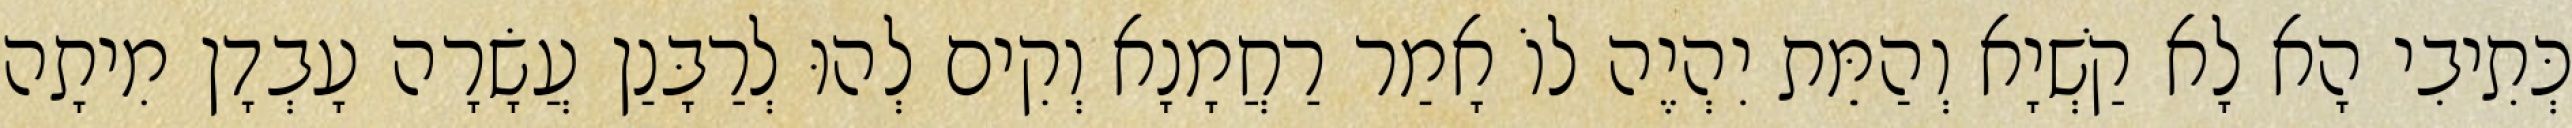
כְּתִיבִי הָא לָא קַשְׁיָא וְהַמֵּת יִהְיֶה לוֹ אָמַר רַחֲמָנָא וְקִים לְהוּ לְרַבָּנַן עֲשָׂרָה עָבְדָן מִיתָה